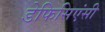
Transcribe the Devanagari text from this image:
डेफिसिएंसी